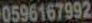
0596167992